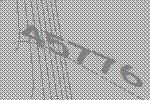
45776